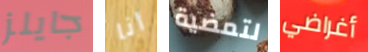
جايلز أنا لتمضية أغراضي